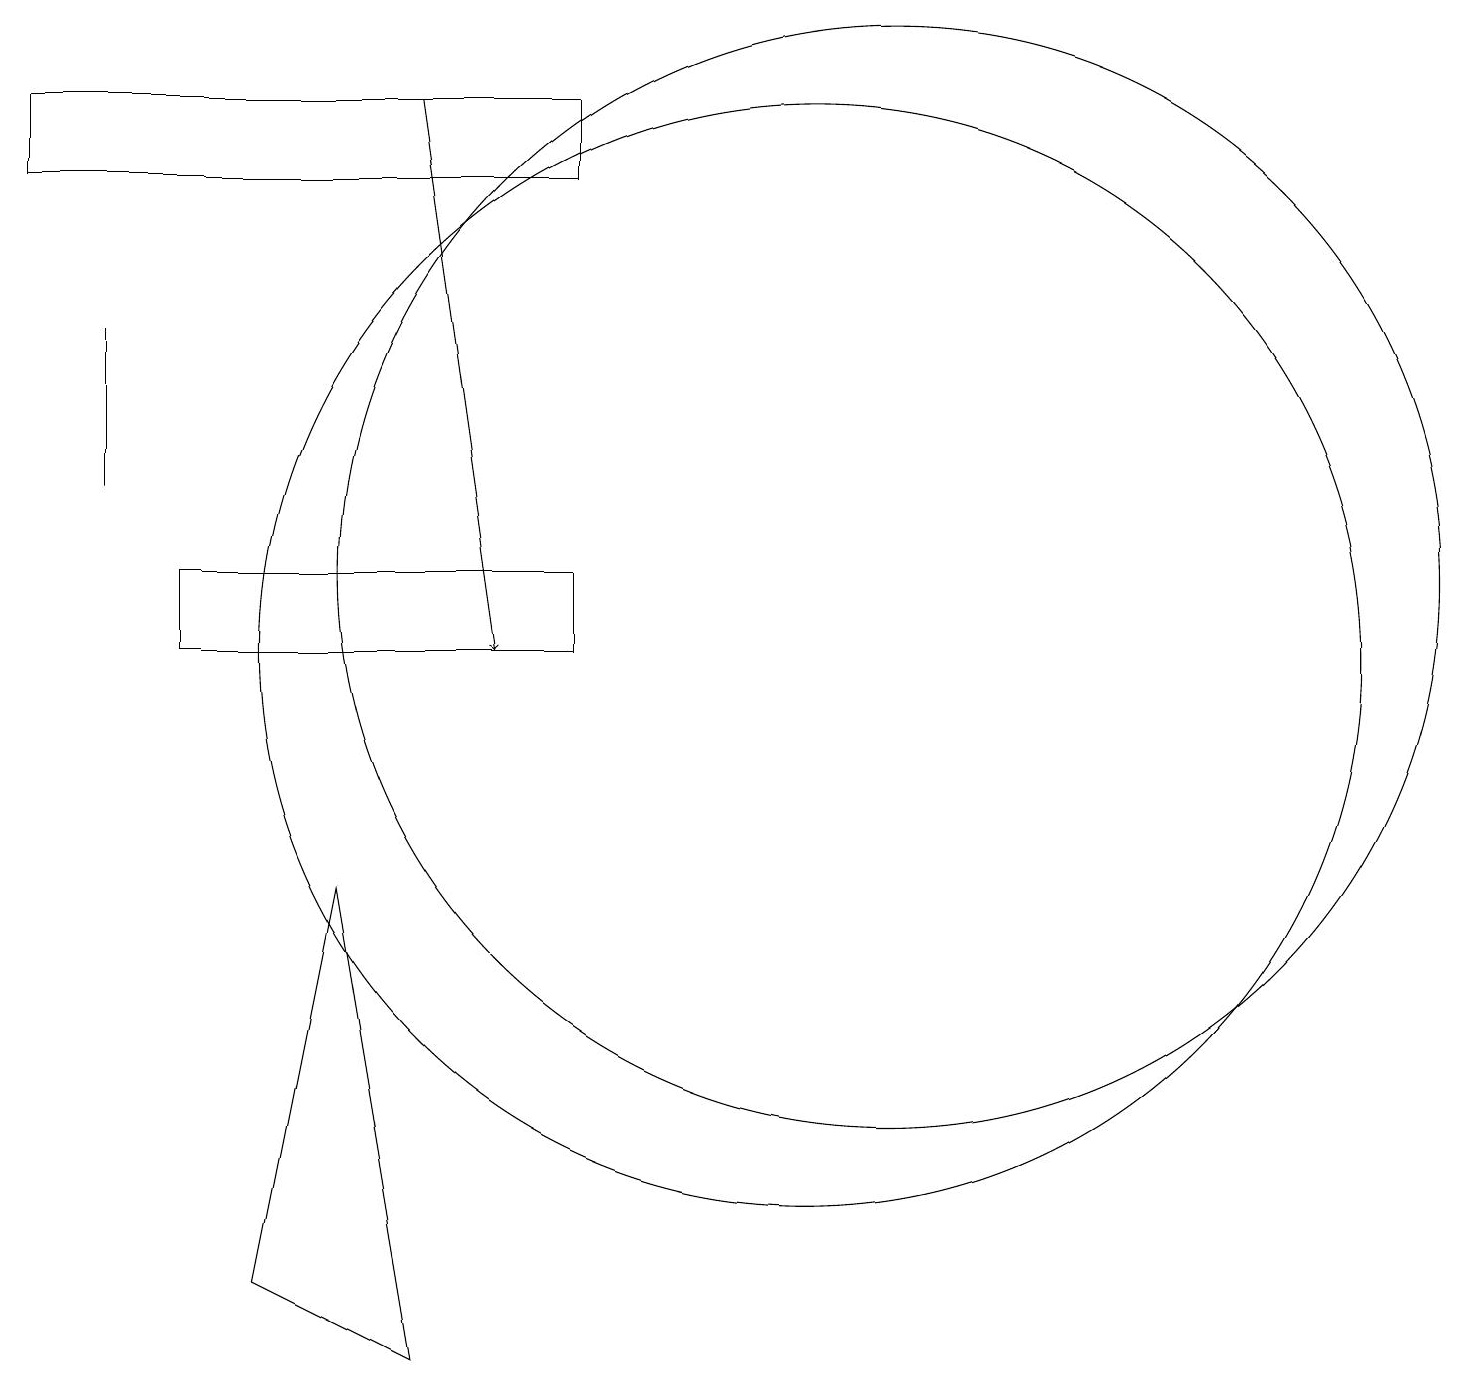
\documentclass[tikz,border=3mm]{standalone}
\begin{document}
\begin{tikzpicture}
\draw (11,12) circle (7);
\draw (4,8) -- (3,3) -- (5,2) -- cycle;
\draw[->] (5,18) -- (6,11);
\draw (1,13) rectangle (1,15);
\draw (7,17) rectangle (0,18);
\draw (10,11) circle (7);
\draw (7,12) rectangle (2,11);
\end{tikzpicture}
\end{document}